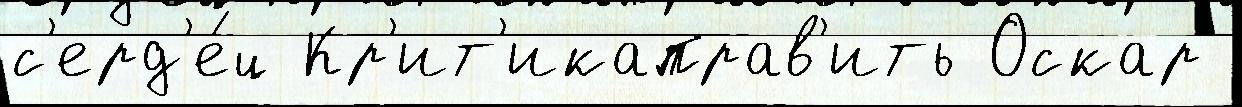
с'ерд'е́ц Кр'ит'икаправ'ить Оскар